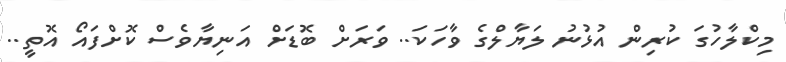
މިކްލާހުގަ ކުރިން އުޅުނު ލަޔާލްގެ ވާހަކަ.. ވަރަށް ބޮޑަށް އަނިޔާވެސް ކޮށްފައޯ އޮތީ..